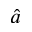
\hat { a }